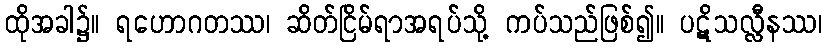
ထိုအခါ၌။ ရဟောဂတဿ၊ ဆိတ်ငြိမ်ရာအရပ်သို့ ကပ်သည်ဖြစ်၍။ ပဋိသလ္လီနဿ၊